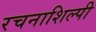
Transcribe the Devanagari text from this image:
रचनाशिल्पी